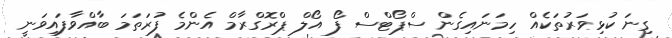
ގިނަ ކުޅިވަރުތަކެއް ހިމަނައިގެން ސްޕޯޓްސް ފޯ އޯލް ޕްރޮގްރާމް އެންމެ ފުރަތަމަ ބާއްވާފައިވަނީ